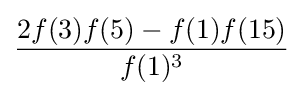
{\frac {2f(3)f(5)-f(1)f(15)}{f(1)^{3}}}